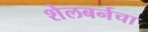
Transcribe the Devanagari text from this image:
शेलबर्नचा